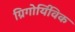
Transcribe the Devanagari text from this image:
ग्रिगोर्यिविक